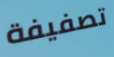
تصفيفة